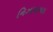
નિઝામાબાદ